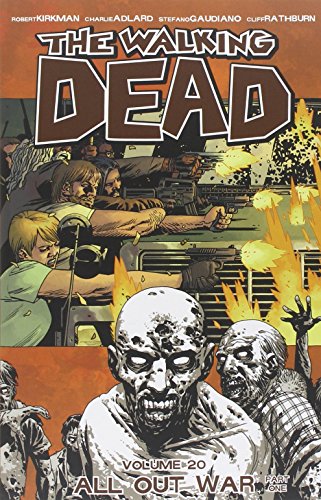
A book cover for The Walking Dead Volume 20: All Out War Part 1 TP; Robert Kirkman; Comics & Graphic Novels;